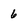
Character: 6